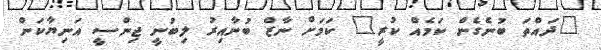
"ދައްތަ ބުނެގެން ކަމެއް ކުރީ" ކަމަށް ނާޒް ބުނާއިރު ލިބުނީ ޖިންސީ އަނިޔާކަން